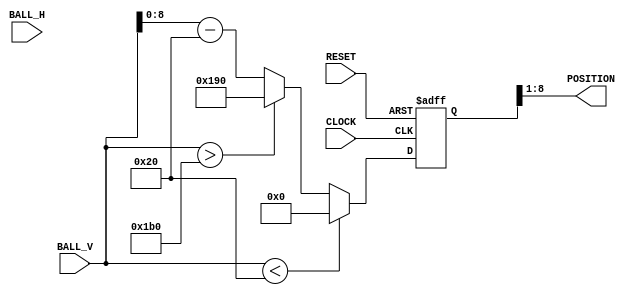
module ai (
    CLOCK, 
    RESET,
    POSITION,
    BALL_H,
    BALL_V
);
    input CLOCK, RESET;
    input [10:0] BALL_H;
    input [10:0] BALL_V;
    output [7:0] POSITION;
    reg [10:0] paddle;
    always @ (posedge CLOCK or posedge RESET) begin
        if (RESET) begin
            paddle <= 0;
        end else begin
            if (BALL_V < 11'd32) begin
                paddle <= 0;
            end else if (BALL_V > 11'd432) begin
                paddle <= 11'd400;
            end else begin
                paddle <= BALL_V - 11'd32;
            end
        end
    end
    wire [10:0] final_paddle_pos = paddle >> 1; 
    assign POSITION = final_paddle_pos[7:0]; 
endmodule